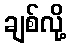
ချစ်လို့